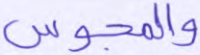
والمجوس